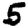
Digit: 5